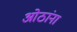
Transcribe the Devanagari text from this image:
ओठांना